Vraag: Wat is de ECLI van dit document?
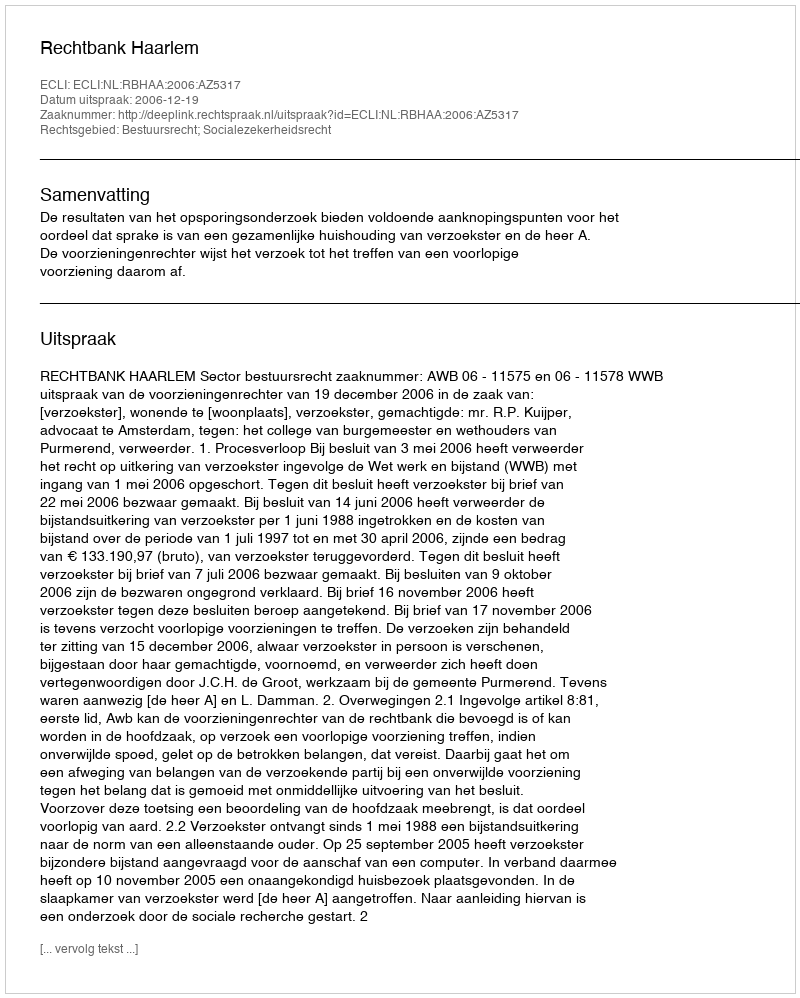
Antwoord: ECLI:NL:RBHAA:2006:AZ5317